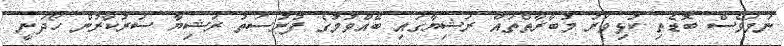
ނަމަވެސް ބޮޑެތި ކުޅިވަރު މުބާރާތްތައް ރަޝިޔާގައި ބޭއްވުމުގެ ފުރުސަތު ރަޝިޔާ ސަރުކާރުން ހޯދަނީ